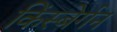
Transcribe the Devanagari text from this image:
किंस्बेर्गन